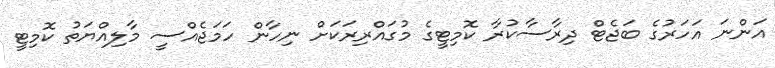
އަންނަ އަހަރުގެ ބަޖެޓް ދިރާސާކުރާ ކޮމިޓީގެ މުގައްރިރަކަށް ނިހާން ހަމަޖެއްސީ މާލިއްޔަތު ކޮމިޓީ